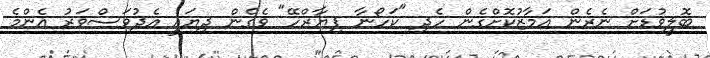
ބޮލީވުޑަށް ނެރެން އަމާޒުކޮށްގެން ހެދި "ކަހޯނާ ޕިޔާރްހޭ" ވެގެން ދިޔައީ އެދުވަސްވަރު އެންމެ